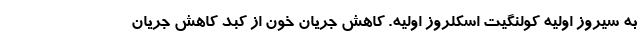
به سیروز اولیه کولنگیت اسکلروز اولیه. کاهش جریان خون از کبد کاهش جریان